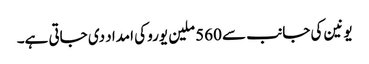
یونین کی جانب سے 560 ملین یورو کی امداد دی جاتی ہے۔